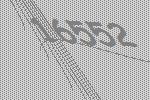
16552